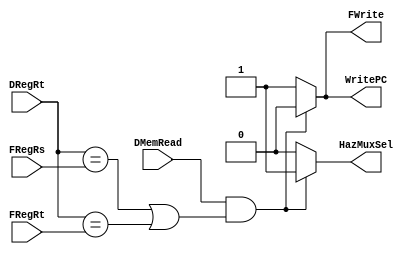
// EECE3324 Computer Architecture
// Advanced Project
// Tim Liming

// Hazard Detection Unit

`timescale 1ns / 1ns

module HazardDetectUnit(FRegRs, DRegRt, FRegRt, DMemRead,
                        WritePC, FWrite, HazMuxSel);
  
  input [4:0] FRegRs, FRegRt, DRegRt;
  input DMemRead;
  output reg WritePC, FWrite, HazMuxSel;
  
  // initialize
  initial begin
    WritePC = 0;
    FWrite = 0;
    HazMuxSel = 0;
  end
  
  always @ (FRegRs or DRegRt or FRegRt or DMemRead) begin
    
    if (DMemRead && ((DRegRt == FRegRs) || (DRegRt == FRegRt)))
      // stall
      begin
        WritePC = 0;
        FWrite = 0;
        HazMuxSel = 1;
      end
    else
      // no stall
      begin
        WritePC = 1;
        FWrite = 1;
        HazMuxSel = 0;
      end
  end
  
endmodule